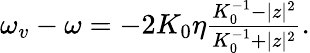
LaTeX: \begin{array}{r}{\omega_{v}-\omega=-2K_{0}\eta\frac{K_{0}^{-1}-|z|^{2}}{K_{0}^{-1}+|z|^{2}}.}\end{array}